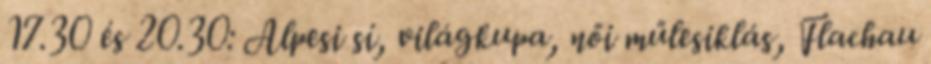
17.30 és 20.30: Alpesi sí, világkupa, női műlesiklás, Flachau